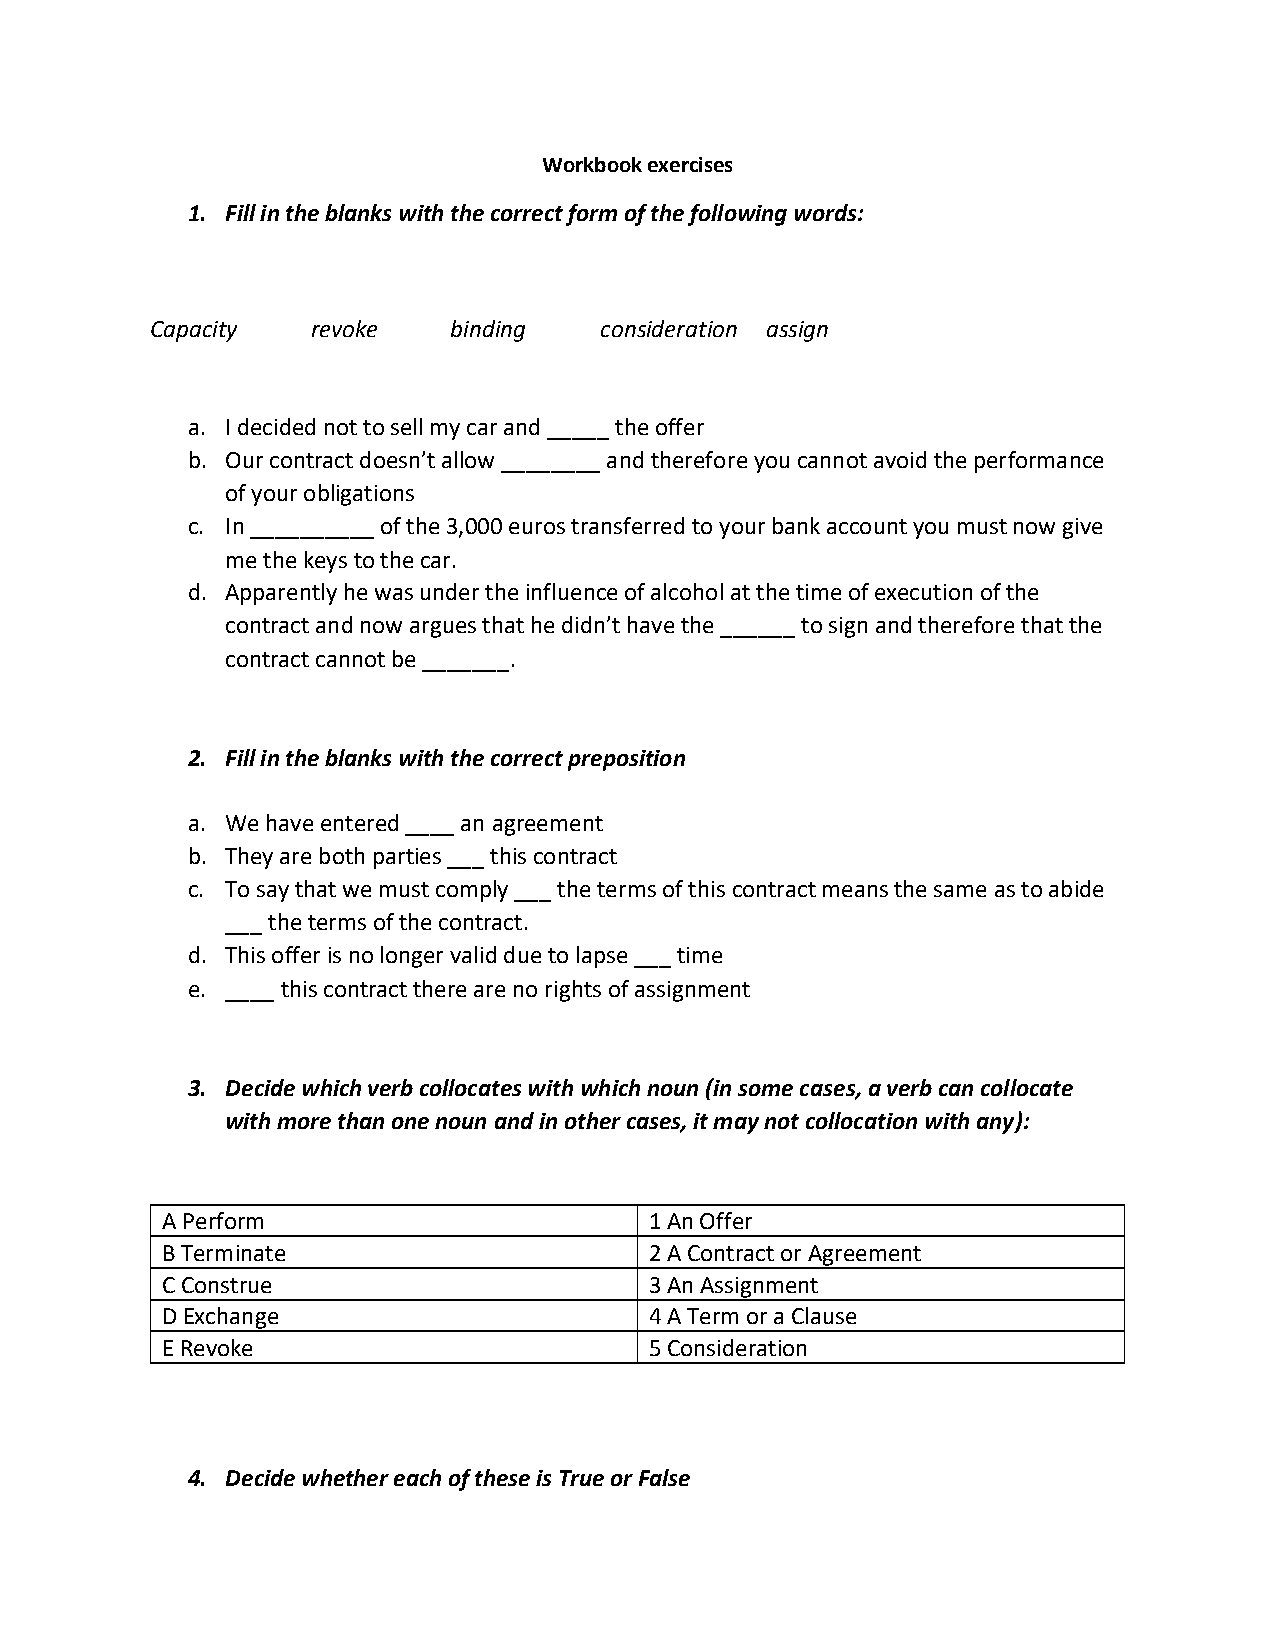
Workbook exercises
 1. Fill in the blanks with the correct form of the following words:
 Capacity   revoke   binding   consideration assign
 a. I decided not to sell my car and _____ the offer
 b. Our contract doesn’t allow ________ and therefore you cannot avoid the performance
 of your obligations
 c. In __________ of the 3,000 euros transferred to your bank account you must now give
 me the keys to the car.
 d. Apparently he was under the influence of alcohol at the time of execution of the
 contract and now argues that he didn’t have the ______ to sign and therefore that the
 contract cannot be _______.
 2. Fill in the blanks with the correct preposition
 a. We have entered ____ an agreement
 b. They are both parties ___ this contract
 c. To say that we must comply ___ the terms of this contract means the same as to abide
 ___ the terms of the contract.
 d. This offer is no longer valid due to lapse ___ time
 e. ____ this contract there are no rights of assignment
 3. Decide which verb collocates with which noun (in some cases, a verb can collocate
 with more than one noun and in other cases, it may not collocation with any):
 A Perform                       1 An Offer
 B Terminate                     2 A Contract or Agreement
 C Construe                      3 An Assignment
 D Exchange                      4 A Term or a Clause
 E Revoke                        5 Consideration
 4. Decide whether each of these is True or False